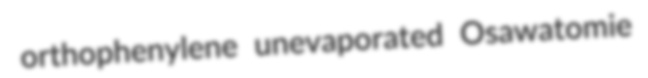
orthophenylene unevaporated Osawatomie